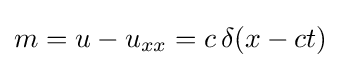
m=u-u_{xx}=c\,\delta (x-ct)